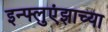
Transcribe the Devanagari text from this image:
इन्फ्लुएंझाच्या